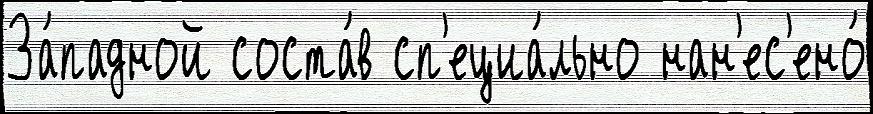
За́падной соста́в сп'ециа́льно нан'ес'ено́